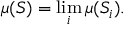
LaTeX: \mu ( S ) = \operatorname* { l i m } _ { i } \mu ( S _ { i } ) .